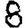
Digit: 8